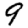
Digit: 9